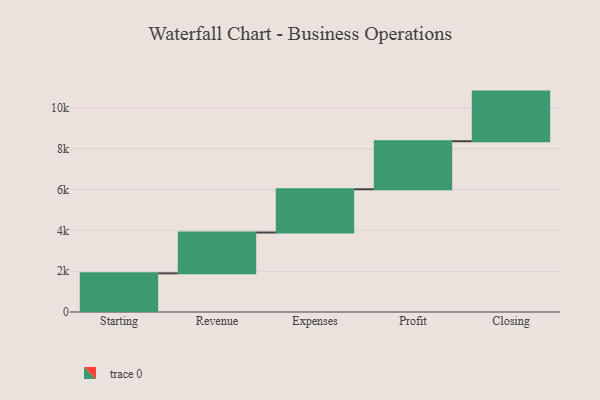
{"axis": {"x": "Step", "y": "Value"}, "legend": [""], "data": [{"x": "Starting", "y": 1895.0, "type": ""}, {"x": "Revenue", "y": 1999.0, "type": ""}, {"x": "Expenses", "y": 2120.0, "type": ""}, {"x": "Profit", "y": 2354.0, "type": ""}, {"x": "Closing", "y": 2432.0, "type": ""}]}